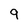
Character: 9